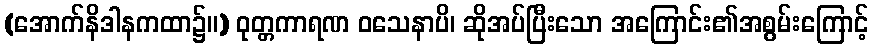
(အောက်နိဒါနကထာ၌။) ဝုတ္တကာရဏ ဝသေနာပိ၊ ဆိုအပ်ပြီးသော အကြောင်း၏အစွမ်းကြောင့်